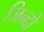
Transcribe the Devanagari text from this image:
जिन्दों